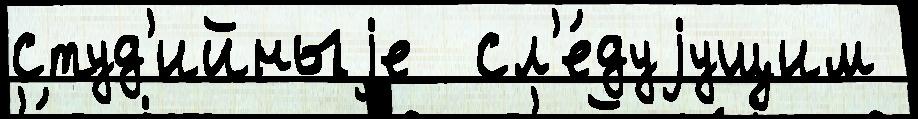
студ'ийныjе  сл'е́дуjущим